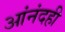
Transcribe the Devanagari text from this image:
आंनंदही